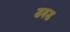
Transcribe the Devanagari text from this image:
डबड